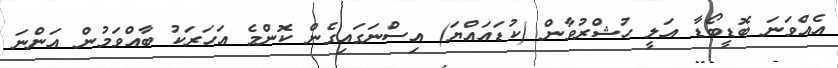
އެއްވަނަ ބޮޑީބޯޑާ އަލީ ހުޝްރުވާން (ކުޑައައްޔަ) އިސްނަގައިގެން ކޮންމެ އަހަރަކު ބާއްވަމުން އަންނަ